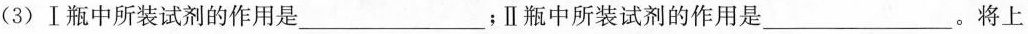
(3)Ⅰ瓶中所装试剂的作用是___；Ⅱ瓶中所装试剂的作用是___。将上